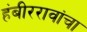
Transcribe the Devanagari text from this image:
हंबीररावांचा